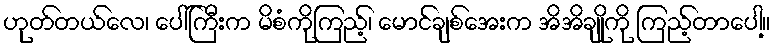
ဟုတ်တယ်လေ၊ ပေါ်ကြီးက မိစံကိုကြည့်၊ မောင်ချစ်အေးက အိအိချိုကို ကြည့်တာပေါ့။